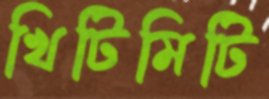
খিটিমিটি